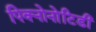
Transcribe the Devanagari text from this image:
पिक्नोनोटिडी